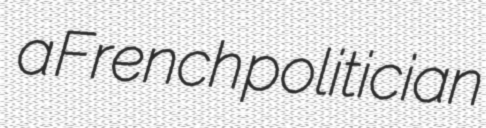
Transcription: a French politician